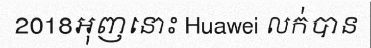
2018អុញនោះ Huawei លក់បាន